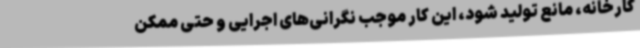
کارخانه، مانع تولید شود، این کار موجب نگرانی‌های اجرایی و حتی ممکن